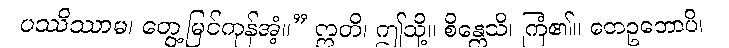
ပဿိဿာမ၊ တွေ့မြင်ကုန်အံ့။” ဣတိ၊ ဤသို့။ စိန္တေသိ၊ ကြံ၏။ တေဥဘောပိ၊